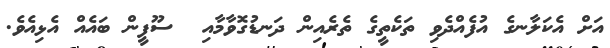
އަށް އެކަލާނގެ އުފެއްދެވި ތަކެތީގެ ތެރެއިން ދަނޑުގޮވާމާއި  ސޫޫފީން ބައެއް އެޅިއެވެ.